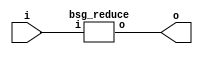


module top
(
  i,
  o
);

  input [63:0] i;
  output o;

  bsg_reduce
  wrapper
  (
    .i(i),
    .o(o)
  );


endmodule



module bsg_reduce
(
  i,
  o
);

  input [63:0] i;
  output o;
  wire o,N0,N1,N2,N3,N4,N5,N6,N7,N8,N9,N10,N11,N12,N13,N14,N15,N16,N17,N18,N19,N20,N21,
  N22,N23,N24,N25,N26,N27,N28,N29,N30,N31,N32,N33,N34,N35,N36,N37,N38,N39,N40,N41,
  N42,N43,N44,N45,N46,N47,N48,N49,N50,N51,N52,N53,N54,N55,N56,N57,N58,N59,N60,N61;
  assign o = N61 | i[0];
  assign N61 = N60 | i[1];
  assign N60 = N59 | i[2];
  assign N59 = N58 | i[3];
  assign N58 = N57 | i[4];
  assign N57 = N56 | i[5];
  assign N56 = N55 | i[6];
  assign N55 = N54 | i[7];
  assign N54 = N53 | i[8];
  assign N53 = N52 | i[9];
  assign N52 = N51 | i[10];
  assign N51 = N50 | i[11];
  assign N50 = N49 | i[12];
  assign N49 = N48 | i[13];
  assign N48 = N47 | i[14];
  assign N47 = N46 | i[15];
  assign N46 = N45 | i[16];
  assign N45 = N44 | i[17];
  assign N44 = N43 | i[18];
  assign N43 = N42 | i[19];
  assign N42 = N41 | i[20];
  assign N41 = N40 | i[21];
  assign N40 = N39 | i[22];
  assign N39 = N38 | i[23];
  assign N38 = N37 | i[24];
  assign N37 = N36 | i[25];
  assign N36 = N35 | i[26];
  assign N35 = N34 | i[27];
  assign N34 = N33 | i[28];
  assign N33 = N32 | i[29];
  assign N32 = N31 | i[30];
  assign N31 = N30 | i[31];
  assign N30 = N29 | i[32];
  assign N29 = N28 | i[33];
  assign N28 = N27 | i[34];
  assign N27 = N26 | i[35];
  assign N26 = N25 | i[36];
  assign N25 = N24 | i[37];
  assign N24 = N23 | i[38];
  assign N23 = N22 | i[39];
  assign N22 = N21 | i[40];
  assign N21 = N20 | i[41];
  assign N20 = N19 | i[42];
  assign N19 = N18 | i[43];
  assign N18 = N17 | i[44];
  assign N17 = N16 | i[45];
  assign N16 = N15 | i[46];
  assign N15 = N14 | i[47];
  assign N14 = N13 | i[48];
  assign N13 = N12 | i[49];
  assign N12 = N11 | i[50];
  assign N11 = N10 | i[51];
  assign N10 = N9 | i[52];
  assign N9 = N8 | i[53];
  assign N8 = N7 | i[54];
  assign N7 = N6 | i[55];
  assign N6 = N5 | i[56];
  assign N5 = N4 | i[57];
  assign N4 = N3 | i[58];
  assign N3 = N2 | i[59];
  assign N2 = N1 | i[60];
  assign N1 = N0 | i[61];
  assign N0 = i[63] | i[62];

endmodule